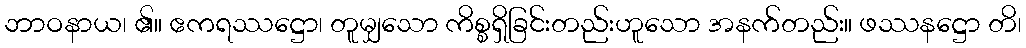
ဘာဝနာယ၊ ၏။ ဧကရဿဋ္ဌော၊ တူမျှသော ကိစ္စရှိခြင်းတည်းဟူသော အနက်တည်း။ ဖဿနဋ္ဌော တိ၊